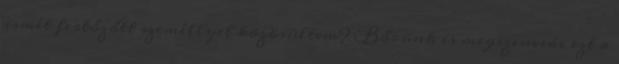
ismét fertőzőtt személlyel közösültem? Bőrünk is megszenvedi ezt a